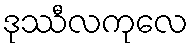
ဒုဿီလကုလေ